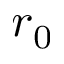
r _ { 0 }